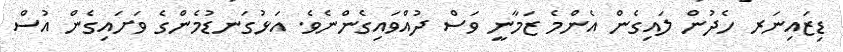
ޑިޒައިނަރ ހެދުން ލައިގެން އެންމެ ޒަމާނީ ވަސް ދުއްވައިގެންނެވެ. އަޅުގަނޑުމެންގެ ވަށައިގެން އުސް